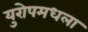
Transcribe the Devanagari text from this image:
युरोपमधला